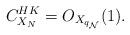
LaTeX: \begin{align*} C_{X_{N}}^{HK}=O_{X_{q_{\mathcal{N}}}}(1).\end{align*}